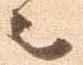
之